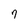
Character: 7